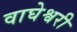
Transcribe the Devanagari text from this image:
वाघेश्वरी